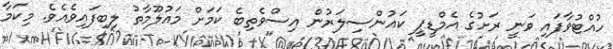
ހުއްޓުވާފައި ވަނީ ރަށުގެ އެމްޑީޕީ ކައުންސިލަރުން އިސްވެތިބެ ކަމަށް މައުލޫމާތު ލިބިފައިވެއެވެ. މިކަމާ